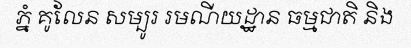
ភ្នំ គូលែន សម្បូរ រមណីយដ្ឋាន ធម្មជាតិ និង